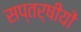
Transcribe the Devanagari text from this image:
सप्तर्षीयों